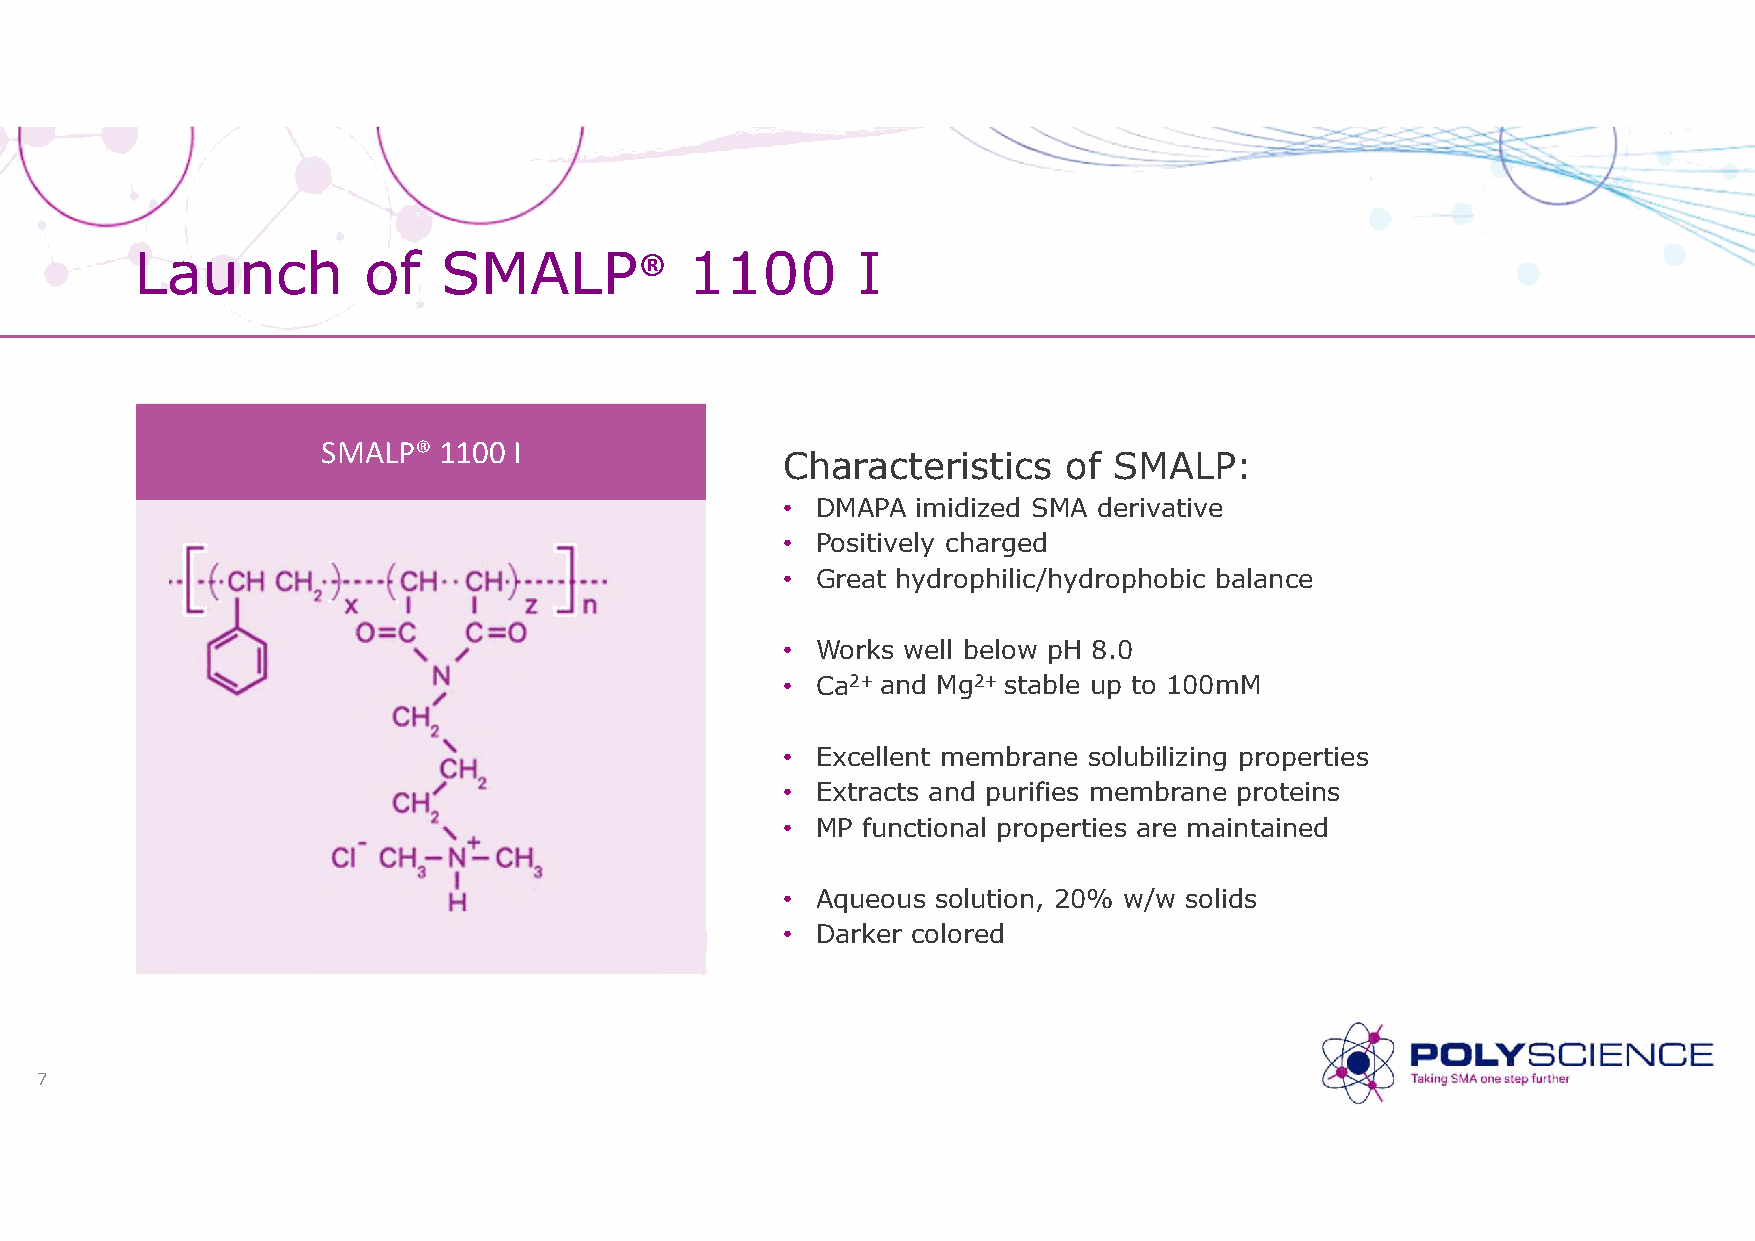
Launch         of   SMALP®           1100       I
 SMALP®  1100 I
 Characteristics   of  SMALP:
 • DMAPA  imidized SMA derivative
 • Positively charged
 • Great hydrophilic/hydrophobic balance
 • Works well below pH 8.0
 • Ca2+ and Mg2+ stable up to 100mM
 • Excellent membrane solubilizing properties
 • Extracts and purifies membrane proteins
 • MP functional properties are maintained
 • Aqueous solution, 20% w/w solids
 • Darker colored
 7